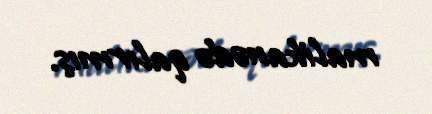
malikanədə qalırmış.